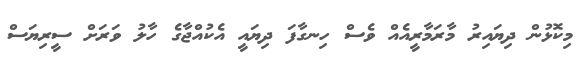
މިކޮޅުން ދިޔައިރު މާރަމާރީއެއް ވެސް ހިނގާފަ ދިޔައީ އެކުއްޖާގެ ހާލު ވަރަށް ސީރިޔަސް